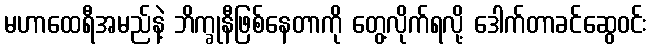
မဟာထေရီအမည်နဲ့ ဘိက္ခုနီဖြစ်နေတာကို တွေ့လိုက်ရလို့ ဒေါက်တာခင်ဆွေဝင်း